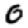
Digit: 0